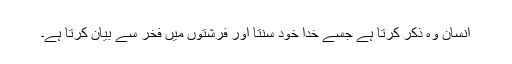
انسان وہ ذکر کرتا ہے جسے خدا خود سنتا اور فرشتوں میں فخر سے بیان کرتا ہے۔